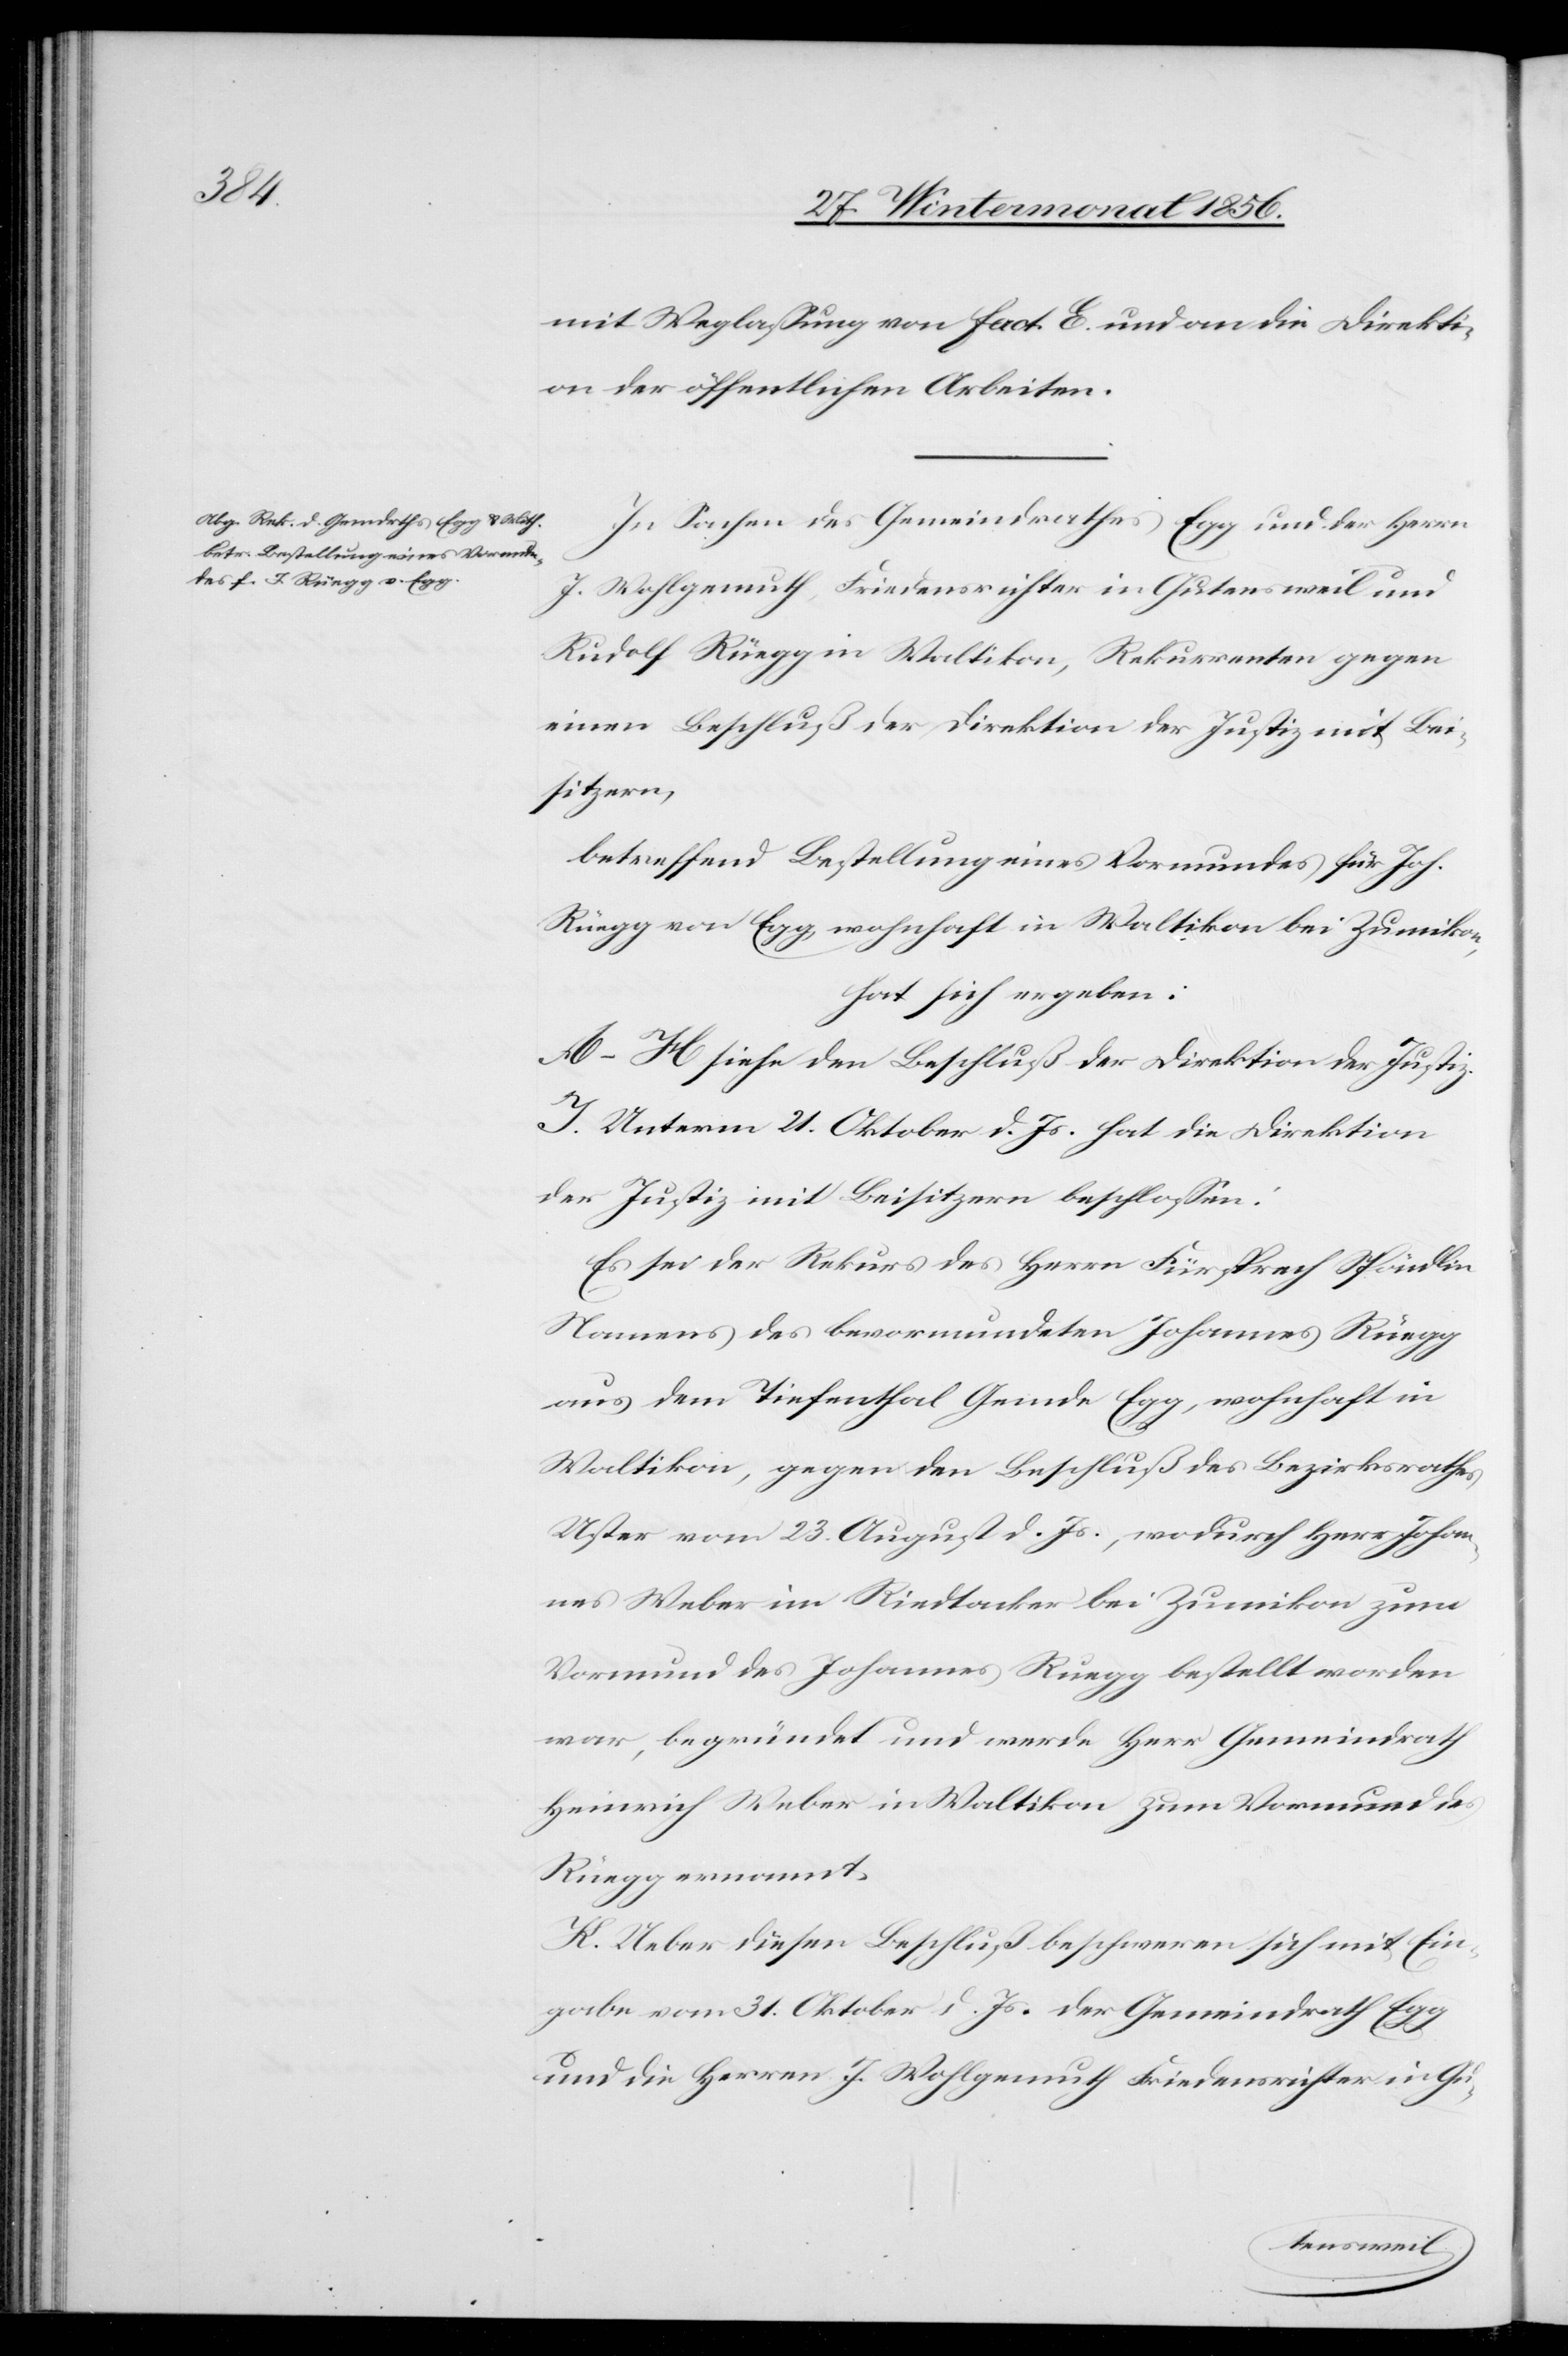
mit Weglassung von fact. E. und an die Direkti¬
on der öffentlichen Arbeiten.
In Sachen des Gemeindrathes Egg und der Herrn
J. Wohlgemuth, Friedensrichter in Gutensweil und
Rudolf Rüegg in Waltikon, Rekurrenten gegen
einen Beschluß der Direktion der Justiz mit Bei¬
sitzern,
betreffend Bestellung eines Vormundes für Joh.
Rüegg von Egg, wohnhaft in Waltikon bei Zumikon,
hat sich ergeben:
A–H. siehe den Beschluß der Direktion der Justiz.
J. Unterm 21. Oktober d. Js. hat die Direktion
der Justiz mit Beisitzern beschlossen:
Es sei der Rekurs des Herrn Fürsprech Spöndlin
Namens des bevormundeten Johannes Rüegg
aus dem Tiefenthal Gemde Egg, wohnhaft in
Waltikon, gegen den Beschluß des Bezirksrathes
Uster vom 23. August d. Js., wodurch Herr Johan¬
nes Weber im Riedtacker bei Zumikon zum
Vormund des Johannes Ruegg [sic!] bestellt worden
war, begründet und werde Herr Gemeindrath
Heinrich Weber in Waltikon zum Vormund des
Rüegg ernannt.
K. Ueber diesen Beschluß beschweren sich mit Ein¬
gabe vom 31. Oktober d. Js. der Gemeindrath Egg
und die Herren J. Wohlgemuth Friedensrichter in Gu-